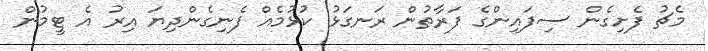
މެޗު ފެށިގެން ސިފައިންގެ ފަރާތުން ރަނގަޅު ކުޅުމެއް ފެނިގެންދިޔަ އިރު އެ ޓީމުން